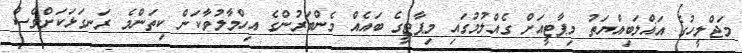
މަޖްލީހުގެ އަޣްލަބިއްޔަތު މިޕާޓީއަށް ގެއްލުމުގައި މިޕާޓީގެ ބައެއް މެންބަރުންގެ އިހްމާލުވާކަން ކިތަންމެ ރަނގަޅަކަށްވެސް